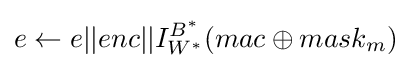
e\leftarrow e||enc||I_{W^{\ast }}^{B^{\ast }}(mac\oplus mask_{m})